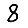
Digit: 8